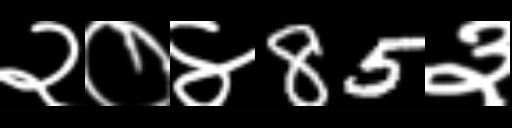
Text: २०४85३